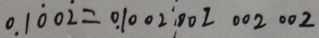
0 . 1 \dot { 0 } 0 \dot { 2 } = 0 . 1 0 0 2 0 0 2 0 0 2 0 0 2